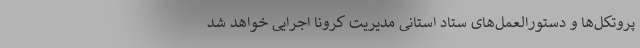
پروتکل‌ها و دستورالعمل‌های ستاد استانی مدیریت کرونا اجرایی خواهد شد